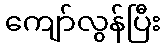
ကျော်လွန်ပြီး